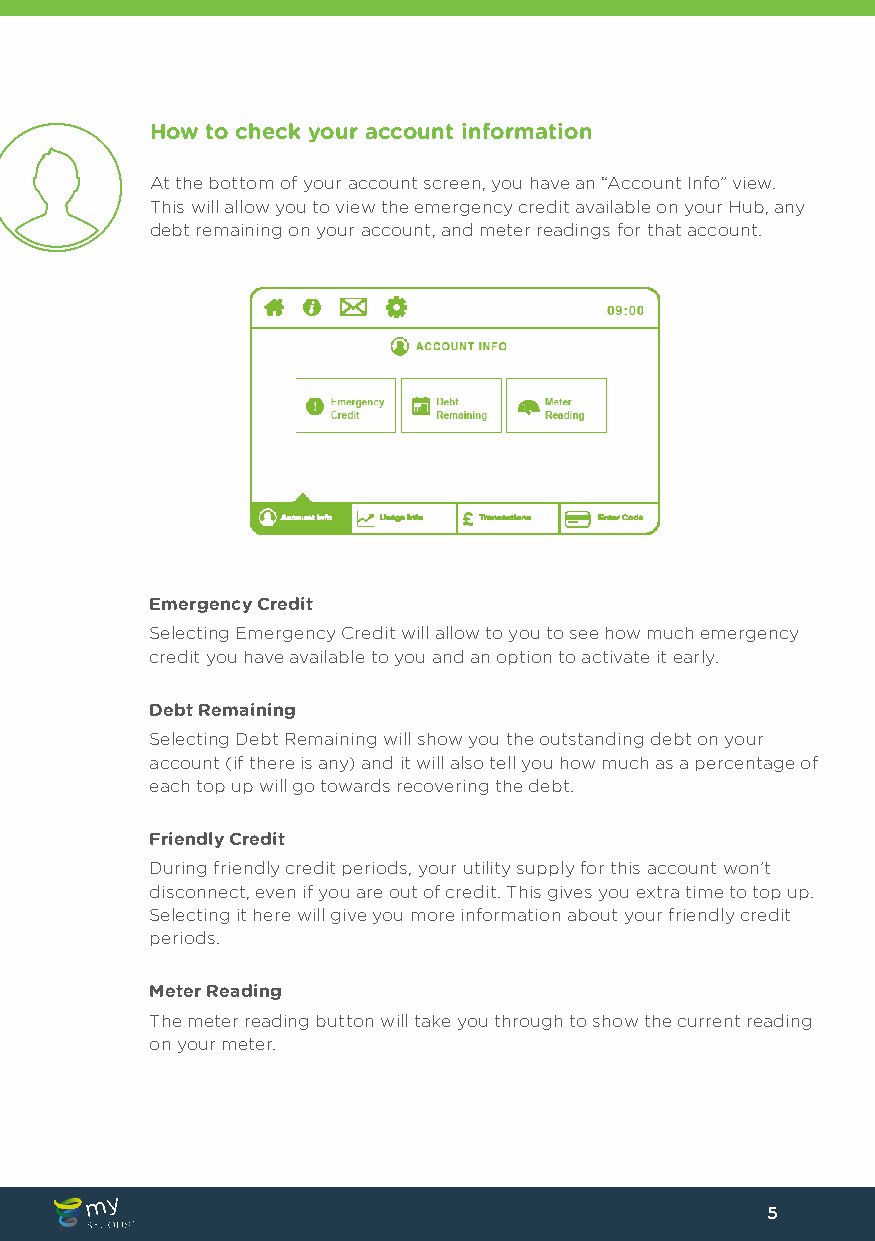
How to check your account information
 At the bottom of your account screen, you have an “Account Info” view.
 This will allow you to view the emergency credit available on your Hub, any
 debt remaining on your account, and meter readings for that account.
 Emergency Credit
 Selecting Emergency Credit will allow to you to see how much emergency
 credit you have available to you and an option to activate it early.
 Debt Remaining
 Selecting Debt Remaining will show you the outstanding debt on your
 account (if there is any) and it will also tell you how much as a percentage of
 each top up will go towards recovering the debt.
 Friendly Credit
 During friendly credit periods, your utility supply for this account won’t
 disconnect, even if you are out of credit. This gives you extra time to top up.
 Selecting it here will give you more information about your friendly credit
 periods.
 Meter Reading
 The meter reading button will take you through to show the current reading
 on your meter.
 5